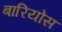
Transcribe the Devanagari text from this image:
बारियोस